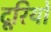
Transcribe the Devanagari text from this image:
दूरियोँ